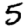
Digit: 5